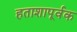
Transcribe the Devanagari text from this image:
हताशापूर्वक